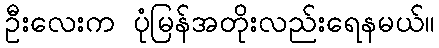
ဦးလေးက ပုံမြန်အတိုးလည်းရေနမယ်။